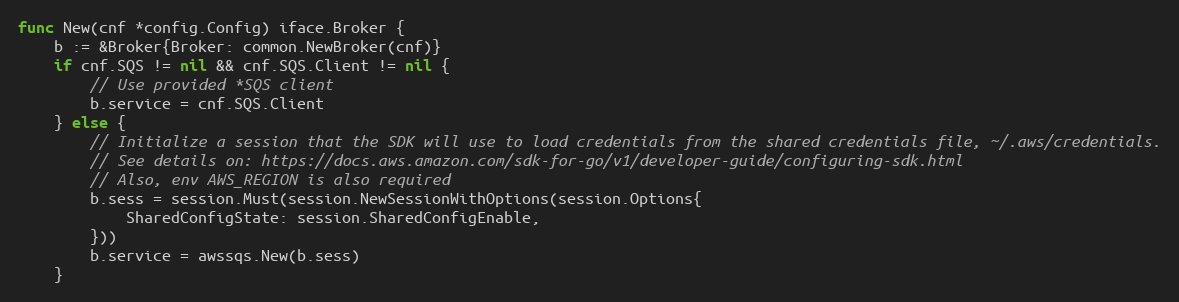
Language: Go
func New(cnf *config.Config) iface.Broker {
	b := &Broker{Broker: common.NewBroker(cnf)}
	if cnf.SQS != nil && cnf.SQS.Client != nil {
		// Use provided *SQS client
		b.service = cnf.SQS.Client
	} else {
		// Initialize a session that the SDK will use to load credentials from the shared credentials file, ~/.aws/credentials.
		// See details on: https://docs.aws.amazon.com/sdk-for-go/v1/developer-guide/configuring-sdk.html
		// Also, env AWS_REGION is also required
		b.sess = session.Must(session.NewSessionWithOptions(session.Options{
			SharedConfigState: session.SharedConfigEnable,
		}))
		b.service = awssqs.New(b.sess)
	}